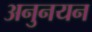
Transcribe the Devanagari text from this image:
अनुनयन